[Report on the health of British troops in the Madras command]
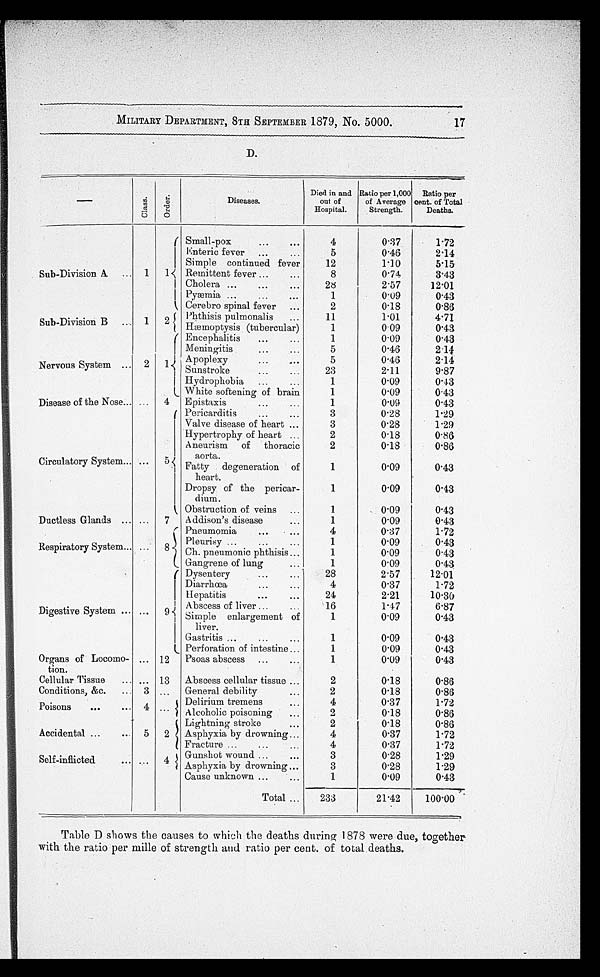
MILITARY DEPARTMENT, 8TH SEPTEMBER 1879, No. 5000.
17
D.
C l a s s
O r d e r
Diseases.
Died in and
out of
Hospital.
Ratio per 1,000
of Average
Strength.
Ratio per
cent. of Total
Deaths.
Small-pox
•••
•••
4
0.37
1'72
Enteric fever
.....
5
0'46
2'14
Simple continued fever
12
NO
5'15
Sub-Division. A ... 1
1 Remittent fever ...
...
8
0.74
343
Cholera ...
.... •
28
2.57
12-01
Pymia ...
...
...
1
0'09
0'43
Cerebro spinal fever ...
2
0.18
0.86
Sub-Division B ... 1
2
Phthisis pulmonalis
...
Hoptysis (tubercular)
11
1
1-01
009
4'71
0'43
Encephalitis
...
...
1
0.09
0'43
Meningitis
...
5
0.46
214
1
Apoplexy
..•
••
5
0.46
214
Nervous System ... 2
Sunstroke...
...
2.11
9'87
Hydrophobia
...
...
1
0.09
0.13
White softening of brain
1
0'09
0.43
Disease of the Nose... ...
4
Epistaxis
...
...
1
0.09
0'43
Pericarditis
......
3
0'28
1'29
Valve disease of heart ...
3
0'28
1'29
Hypertrophy of heart ...
2
018
086
Circulatory System... ...
5
Aneurism of thoracic
degeneration of
Fatty
heart.
2
1
018
0'09
0.86
0'43
Dropsy of the pericar-
dium.
1
0'09
03
Obstruction of veins ...
1
0'09
0'43
Ductless Glands
7 Addison's disease
...
1
0'09
0¸43
Pneumomia
...
4
0·37
1.72
Respiratory System... ... 8
Pleurisy ...
...
...
Ch. pneumonic phthisis...
1
1
0.09
0'09
0'43
0¸43
Gangrene of lung
...
1
0.09
0'43
( Dysentery
...
...
28
2'57
12-01
Diarrhcea
...
...
4
0'37
1'72
Hepatitis•
...
24
2'21
10¸30
Digestive System ... ...
9 Abscess of liver ..
Simple enlargement 'Of
liver.
16
1
1'4 7
0.09
6'87
0'43
G astritis ...
...
...
1
0.09
0'43
Perforation of intestine ...
1
0'09
0'43
Organs of Locomo-
tion.
... 12
Psoas abscess ...
...
1
0'09
0'43
Cellular Tissue
... .. 13
Abscess cellular tissue ...
2
0·18
0·86
Conditions, &c.
... 3 ,..
General debility
...
2
0.18
0·86
Poi n.s
...
„,
so
4
i Delirium tremens
Alcoholic poisoning
...
4
2
0.37
0.18
1.72
0'86
i Lightning stroke
2
0·18
0'86
Accidental ...
... 5
2
Asphyxia by drowning...
4
0'37
1·72
Fracture ...
...
...
4
0¸37
1.72
Self-inflicted
4
Gunshot wound ...
••.
Asphyxia by drowning ...
3
3
0·28
0'28
1.29
1'29
Cause unknown ...
...
1
0.09
0'43
Total ...
233
21'42
100·00
Table D shows the causes to which the deaths during 1878 were due, together
with the ratio per mille of strength and ratio per cent. of total .deaths.